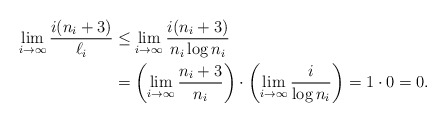
\begin{align*}\lim_{i \to \infty} \frac{i(n_i+3)}{\ell_i} &\le \lim_{i \to \infty} \frac{i(n_i+3)}{n_i \log n_i } \\&= \left( \lim_{i \to \infty} \frac{n_i+3}{n_i} \right) \cdot \left( \lim_{i \to \infty} \frac{i}{\log n_i} \right) = 1 \cdot 0 = 0. \end{align*}